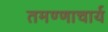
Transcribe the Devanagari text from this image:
तमण्णाचार्य